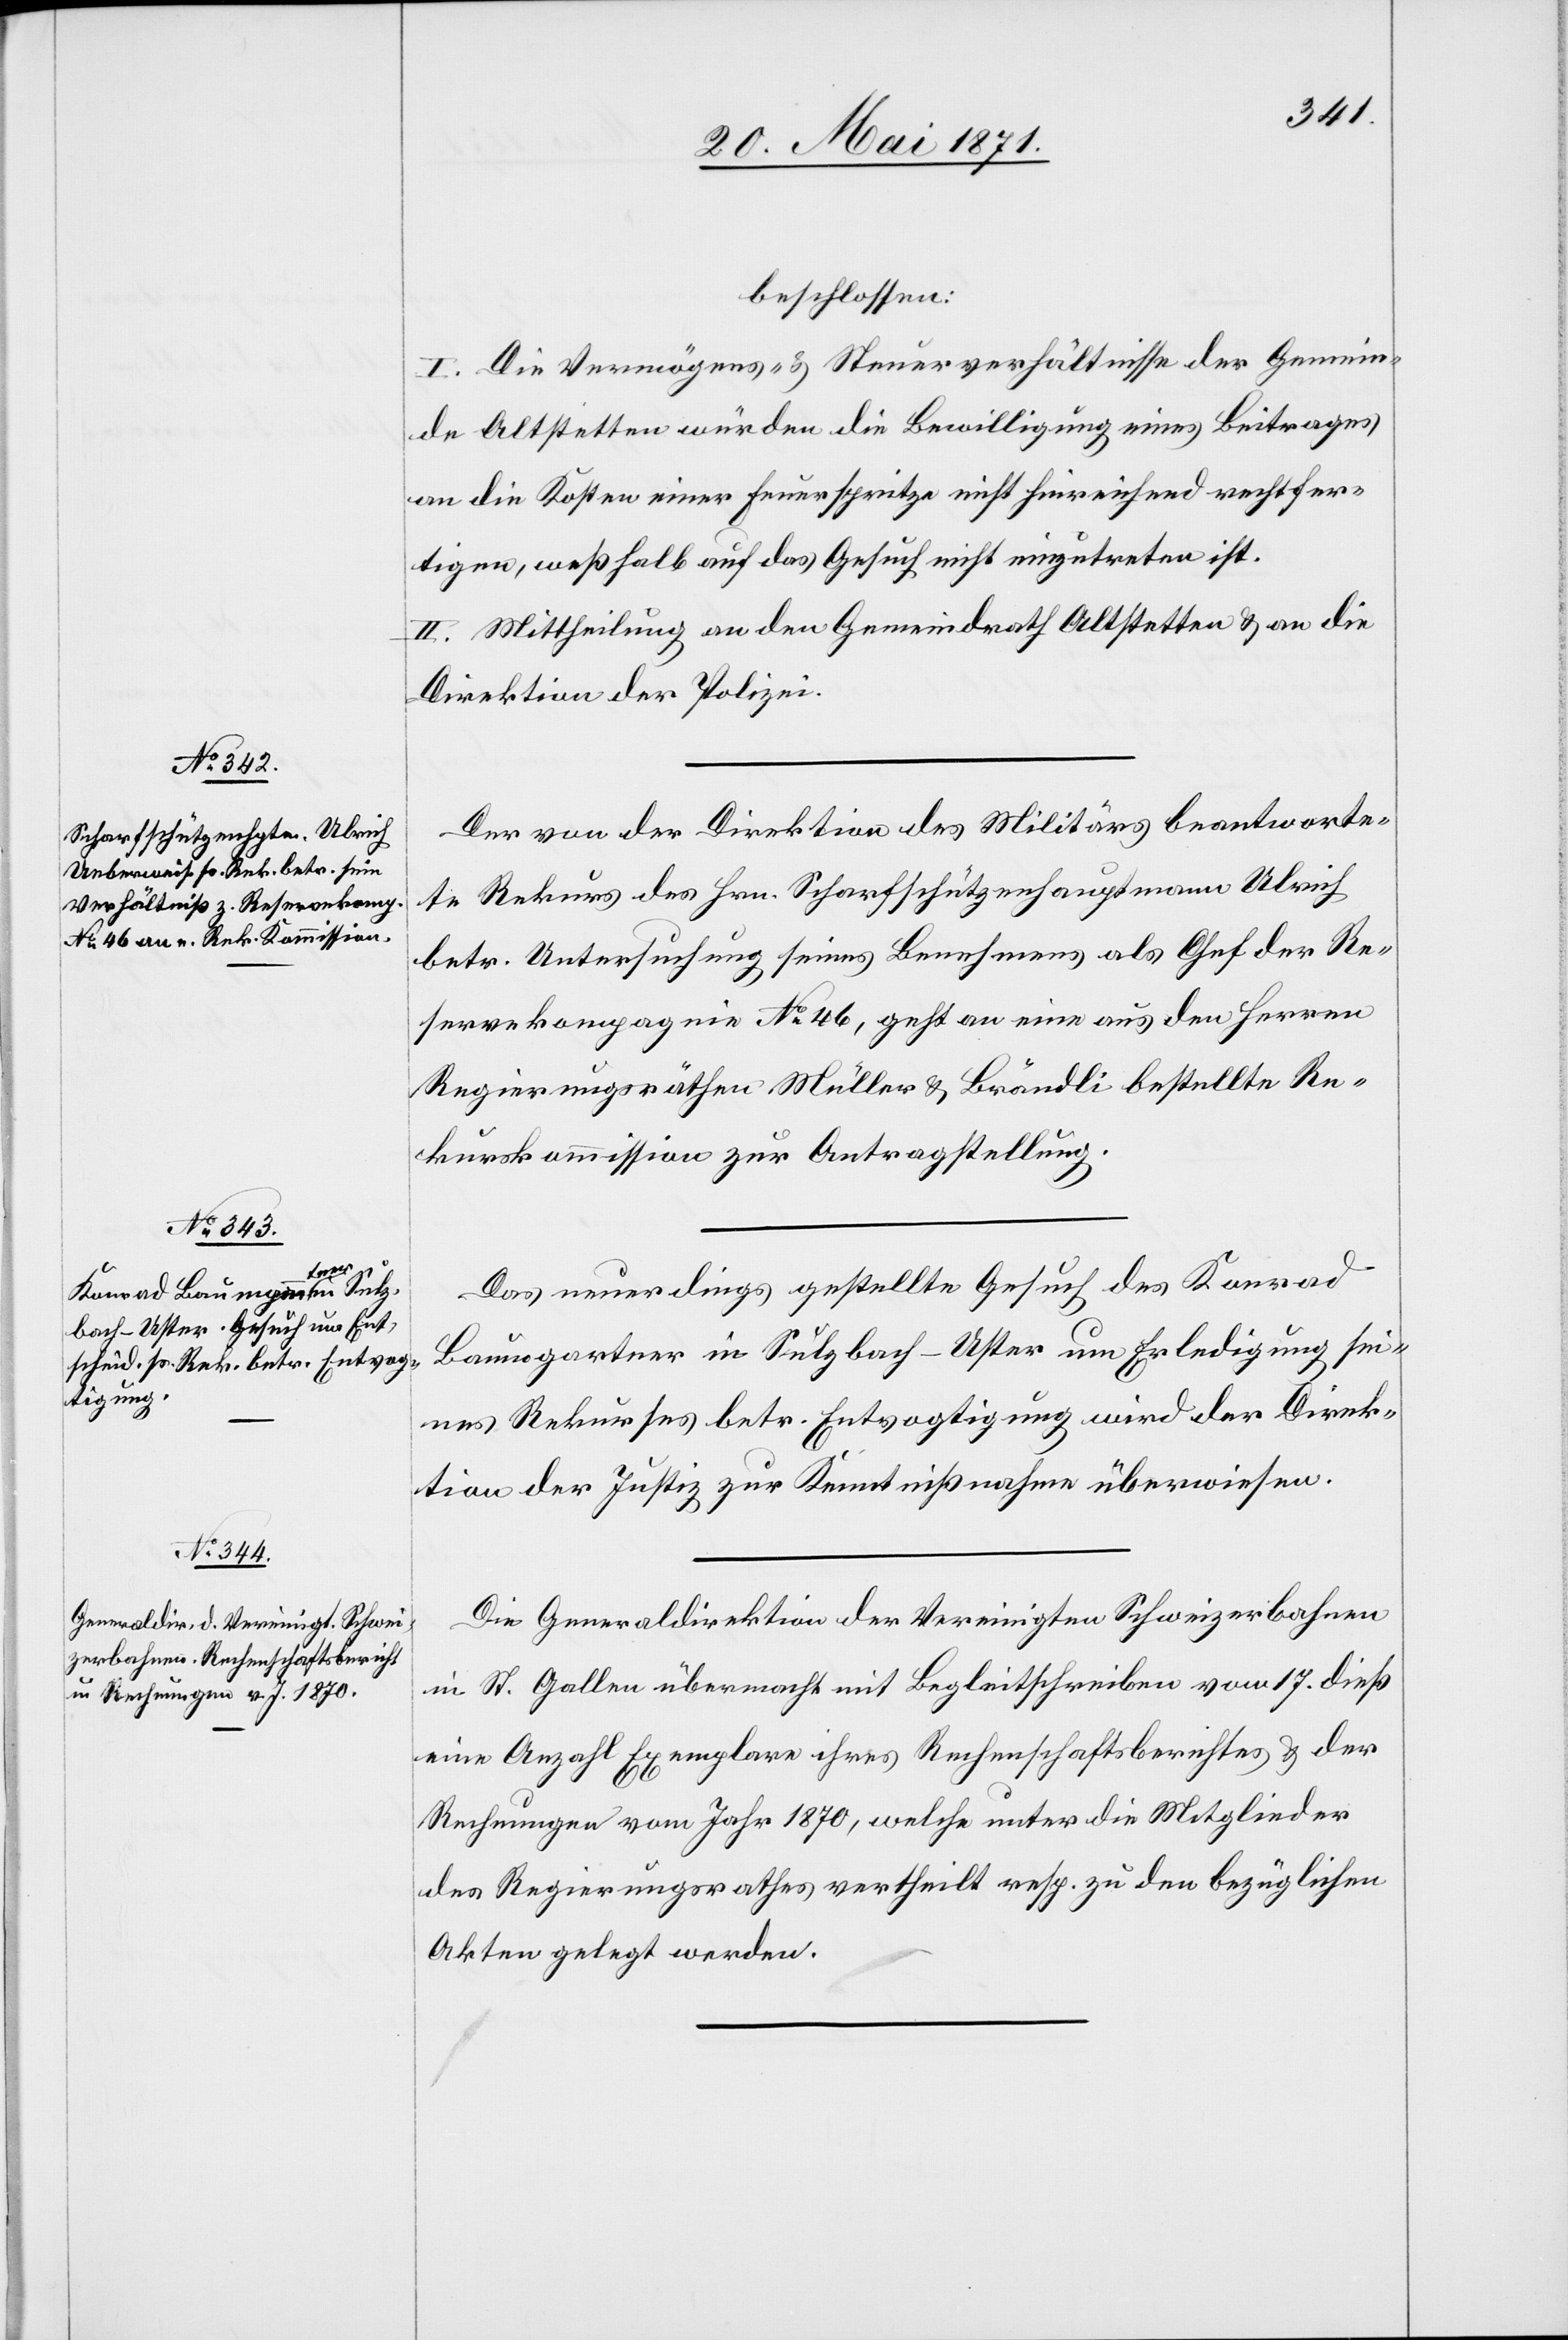
beschlossen:
I. Die Vermögens- u. Steuerverhältnisse der Gemein¬
de Altstetten würden die Bewilligung eines Beitrages
an die Kosten einer Feuerspritze nicht hinreichend rechtfer¬
tigen, weßhalb auf das Gesuch nicht eingetreten ist.
II. Mittheilung an den Gemeindrath Altstetten u. an die
Direktion der Polizei.
Der von der Direktion des Militärs beantworte¬
te Rekurs des Hrn. Scharfschützenhauptmann Ulrich
betr. Untersuchung seines Benehmens als Chef der Re¬
servekompagnie No. 46, geht an eine aus den Herren
Regierungsräthen Müller u. Brändli bestellte Re¬
kurskommission zur Antragstellung.
Das neuerdings gestellte Gesuch des Konrad
Baumgartner in Sulzbach-Uster um Erledigung sei¬
nes Rekurses betr. Entvogtigung wird der Direk¬
tion der Justiz zur Kenntnißnahme überwiesen.
Die Generaldirektion der Vereinigten Schweizerbahnen
in St. Gallen übermacht mit Begleitschreiben vom 17. dieß
eine Anzahl Exemplare ihres Rechenschaftsberichtes u. der
Rechnung vom Jahr 1870, welche unter die Mitglieder
des Regierungsrathes vertheilt resp. zu den bezüglichen
Akten gelegt werden.